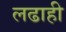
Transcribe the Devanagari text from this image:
लढाही